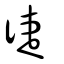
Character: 徢